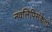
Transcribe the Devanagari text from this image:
नवलिपिसंकेतों